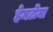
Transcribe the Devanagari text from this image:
हेमर्टोमा